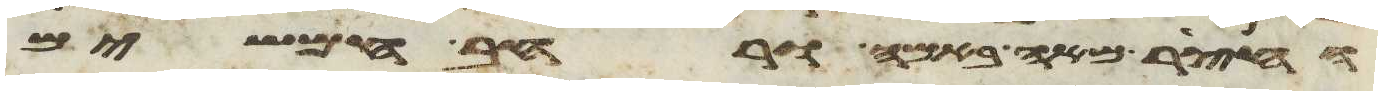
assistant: החצר מאה באמה ורחב חמשים